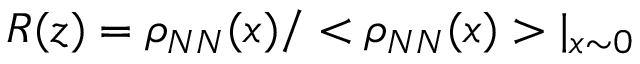
R ( z ) = \rho _ { N N } ( x ) / < \rho _ { N N } ( x ) > \vert _ { x \sim 0 }